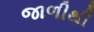
જાળીથી